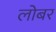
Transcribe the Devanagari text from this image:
लोबर